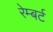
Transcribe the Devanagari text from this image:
रेम्बर्ट